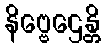
နိဗ္ဗေဌေန္တိ